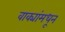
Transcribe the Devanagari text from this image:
वाक्यांमधून